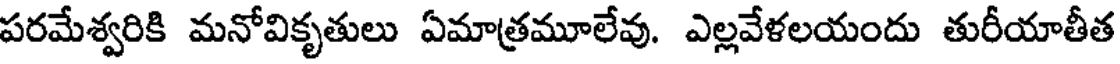
పరమేశ్వరికి మనోవికృతులు ఏమాత్రమూలేవు. ఎల్లవేళలయందు తురీయాతీత